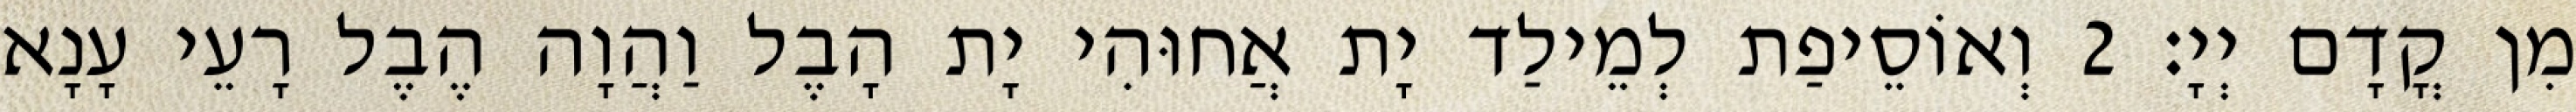
מִן קֳדָם יְיָ׃ 2 וְאוֹסֵיפַת לְמֵילַד יָת אֲחוּהִי יָת הָבֶל וַהֲוָה הֶבֶל רָעֵי עָנָא